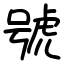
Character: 號